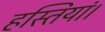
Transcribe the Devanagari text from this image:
हस्तियां।